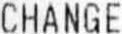
CHANGE